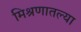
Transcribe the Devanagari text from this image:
मिश्रणातल्या